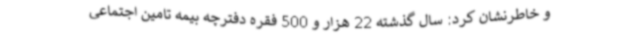
و خاطرنشان کرد: سال گذشته 22 هزار و 500 فقره دفترچه بیمه تامین اجتماعی